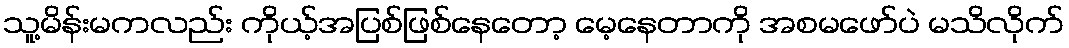
သူ့မိန်းမကလည်း ကိုယ့်အပြစ်ဖြစ်နေတော့ မေ့နေတာကို အစမဖော်ပဲ မသိလိုက်